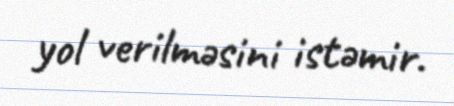
yol verilməsini istəmir.